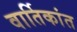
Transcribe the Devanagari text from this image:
वार्तिकांत